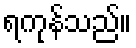
ရကုန်သည်။